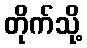
တိုက်သို့